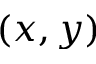
( x , y )